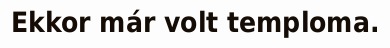
Ekkor már volt temploma.